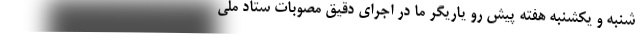
شنبه و یکشنبه هفته پیش رو یاریگر ما در اجرای دقیق مصوبات ستاد ملی